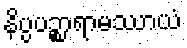
နိပ္ပပဉ္စာရာမဿာယံ